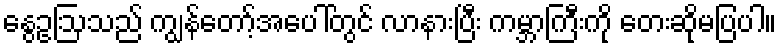
နွေဥဩသည် ကျွန်တော့်အပေါ်တွင် လာနားပြီး ကမ္ဘာကြီးကို တေးဆိုမပြပါ။